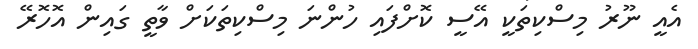
އެއީ ނޫރު މިސްކިތަކީ އޭސީ ކޮށްފައި ހުންނަ މިސްކިތަކަށް ވާތީ ގައިން އޮހޮރޭ